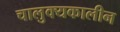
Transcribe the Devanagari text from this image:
चालुक्‍यकालीन